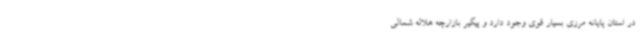
در استان پایانه مرزی بسیار قوی وجود دارد و پیگیر بازارچه هلاله شمالی